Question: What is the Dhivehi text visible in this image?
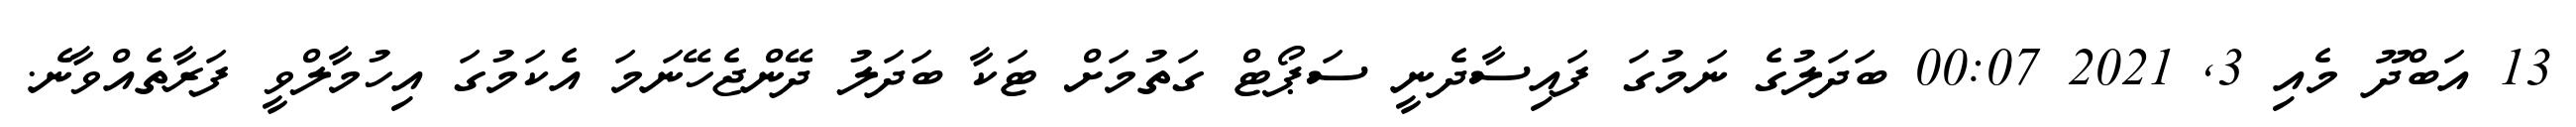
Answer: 13 އަބްދޫ މެއި 3, 2021 00:07 ބަދަލުގެ ނަމުގަ ފައިސާދެނީ ސަޕޯޓް ގަތުމަށް ޓަކާ ބަދަލު ދޭންޖެހޭނަމަ އެކަމުގަ އިހުމާލްވީ ފަރާތެއްވާނެ.